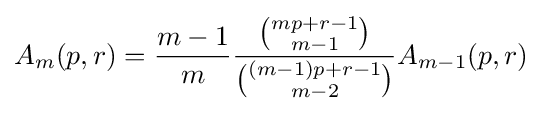
A_{m}(p,r)={\frac {m-1}{m}}{\frac {\binom {mp+r-1}{m-1}}{\binom {(m-1)p+r-1}{m-2}}}A_{m-1}(p,r)